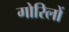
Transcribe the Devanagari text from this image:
गोरिलों